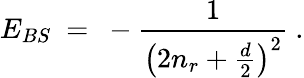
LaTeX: E_{BS}\ =\ -\frac{1}{\left(2n_{r}+\frac{d}{2}\right)^{2}}\ .